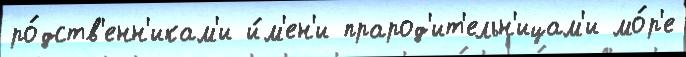
ро́дств'енн'икам'и и́м'ен'и прарод'ит'ельн'ицам'и мо́р'е